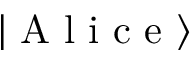
\left| \textrm { A l i c e } \right\rangle